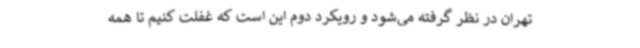
تهران در نظر گرفته می‌شود و رویکرد دوم این است که غفلت کنیم تا همه